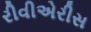
રીવીએરીસ